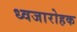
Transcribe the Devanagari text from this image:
ध्वजारोहक